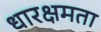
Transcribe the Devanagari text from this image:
धारक्षमता